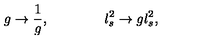
g \rightarrow { \frac { 1 } { g } } , \qquad \qquad l _ { s } ^ { 2 } \rightarrow g l _ { s } ^ { 2 } ,